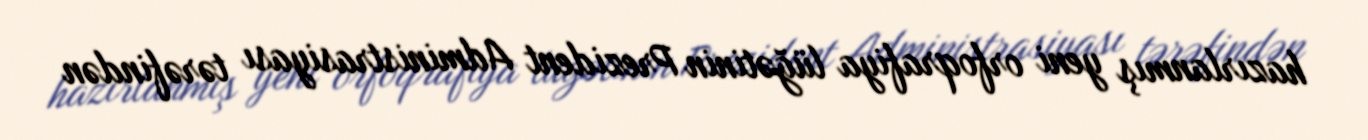
hazırlanmış yeni orfoqrafiya lüğətinin Prezident Administrasiyası tərəfindən